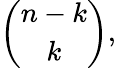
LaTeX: {\binom{n-k}{k}},